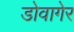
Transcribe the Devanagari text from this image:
डोवागेर